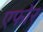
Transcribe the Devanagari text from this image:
एफोर